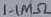
Text: 1.1MΩ